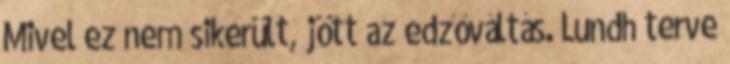
Mivel ez nem sikerült, jött az edzőváltás. Lundh terve